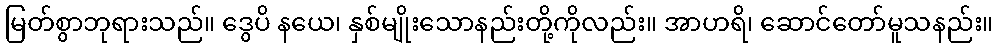
မြတ်စွာဘုရားသည်။ ဒွေပိ နယေ၊ နှစ်မျိုးသောနည်းတို့ကိုလည်း။ အာဟရိ၊ ဆောင်တော်မူသနည်း။